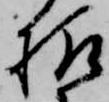
様